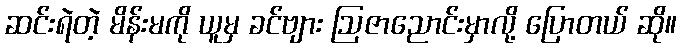
ဆင်းရဲတဲ့ မိန်းမကို ယူမှ ခင်ဗျား ဩဇာညောင်းမှာလို့ ပြောတယ် ဆို။